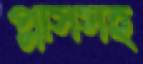
প্লাসসহ